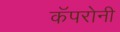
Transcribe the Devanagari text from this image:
कॅपरोनी